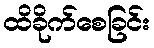
ထိခိုက်စေခြင်း